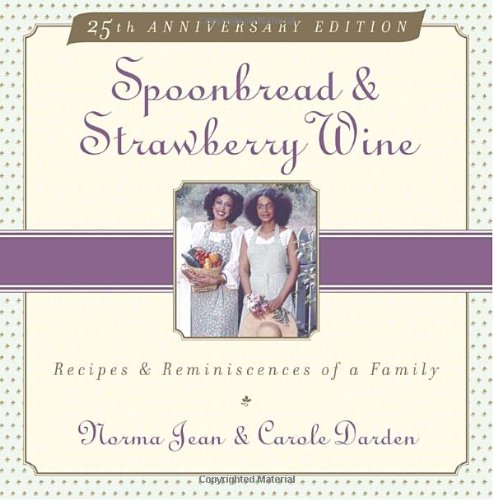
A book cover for Spoonbread & Strawberry Wine: Recipes and Reminiscences of a Family; Norma Jean Darden; Cookbooks, Food & Wine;